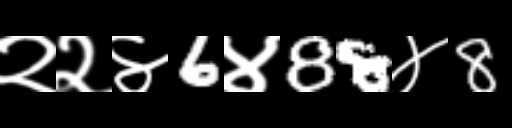
Text: २२४6४88४8